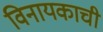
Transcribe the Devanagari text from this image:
विनायकाची